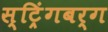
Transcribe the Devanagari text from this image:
स्ट्रिंगबर्ग